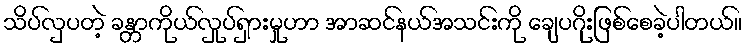
သိပ်လှပတဲ့ ခန္တာကိုယ်လှုပ်ရှားမှုဟာ အာဆင်နယ်အသင်းကို ချေပဂိုးဖြစ်စေခဲ့ပါတယ်။